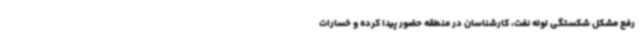
رفع مشکل شکستگی لوله نفت، کارشناسان در منطقه حضور پیدا کرده و خسارات